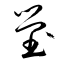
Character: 塋